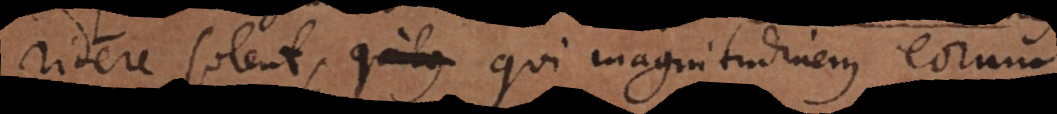
ridere solent, qui magnitudinem eorum